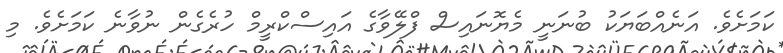
ކަމަށެވެ. އަނެއްބަޔަކު ބުނަނީ މެޔޮނައިސް ފްލޭވާގެ އައިސްކްރީމް ހުރެގެން ނުވާނެ ކަމަށެވެ. މި